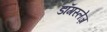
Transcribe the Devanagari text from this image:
डॉगस्लेज़